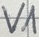
Text: V1